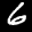
Label: 6